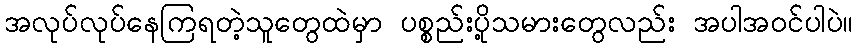
အလုပ်လုပ်နေကြရတဲ့သူတွေထဲမှာ ပစ္စည်းပို့သမားတွေလည်း အပါအဝင်ပါပဲ။